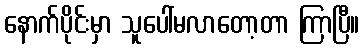
နောက်ပိုင်းမှာ သူပေါ်မလာတော့တာ ကြာပြီ။